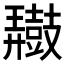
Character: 𪔠